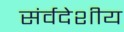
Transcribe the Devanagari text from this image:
संर्वदेशीय